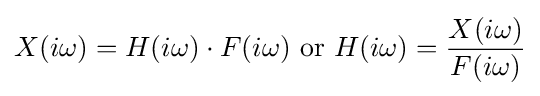
X(i\omega )=H(i\omega )\cdot F(i\omega ){\text{ or }}H(i\omega )={X(i\omega ) \over F(i\omega )}